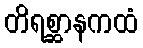
တိရစ္ဆာနကထံ